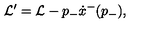
{ \cal L } ^ { \prime } = { \cal L } - p _ { - } \dot { x } ^ { - } ( p _ { - } ) ,